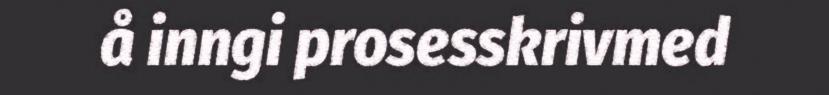
å inngi prosesskrivmed